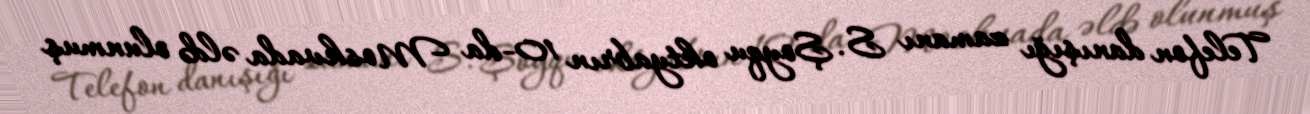
Telefon danışığı zamanı S. Şoyqu oktyabrın 10-da Moskvada əldə olunmuş